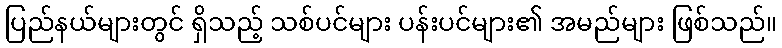
ပြည်နယ်များတွင် ရှိသည့် သစ်ပင်များ ပန်းပင်များ၏ အမည်များ ဖြစ်သည်။